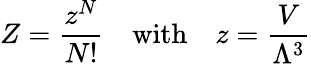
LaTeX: Z={\frac{z^{N}}{N!}}\quad{\mathrm{with}}\quad z={\frac{V}{\Lambda^{3}}}